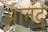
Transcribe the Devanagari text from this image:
आनंद्